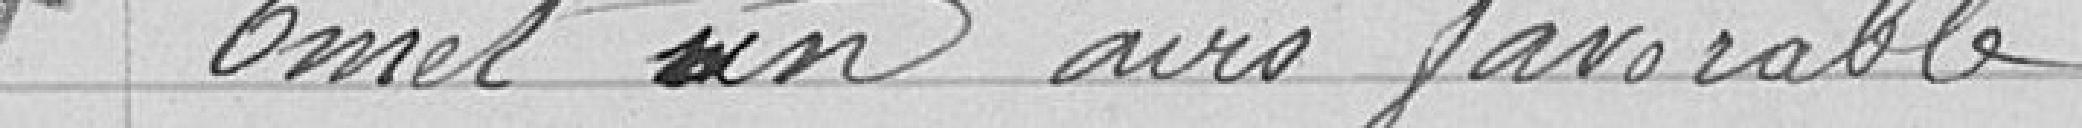
Emet un avis favorable.